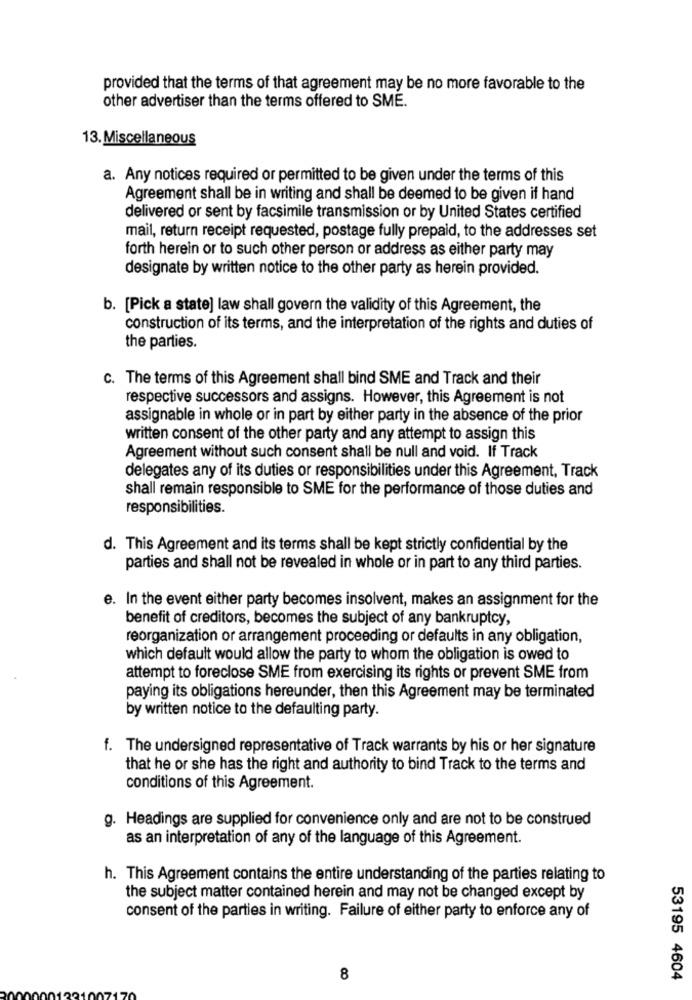
provided that the terms of that agreement may be no more favorable to the
other advertiser than the terms offered to SME.
13. Miscellaneous
a. Any notices required or permitted to be given under the terms of this
Agreement shall be in writing and shall be deemed to be given if hand
delivered or sent by facsimile transmission or by United States certified
mail, return receipt requested, postage fully prepaid, to the addresses set
forth herein or to such other person or address as either party may
designate by written notice to the other party as herein provided.
b. [Pick a state] law shall govern the validity of this Agreement, the
construction of its terms, and the interpretation of the rights and duties of
the parties.
c. The terms of this Agreement shall bind SME and Track and their
respective successors and assigns. However, this Agreement is not
assignable in whole or in part by either party in the absence of the prior
written consent of the other party and any attempt to assign this
Agreement without such consent shall be null and void. If Track
delegates any of its duties or responsibilities under this Agreement, Track
shall remain responsible to SME for the performance of those duties and
responsibilities.
d. This Agreement and its terms shall be kept strictly confidential by the
parties and shall not be revealed in whole or in part to any third parties.
e. In the event either party becomes insolvent, makes an assignment for the
benefit of creditors, becomes the subject of any bankruptcy,
reorganization or arrangement proceeding or defaults in any obligation,
which default would allow the party to whom the obligation is owed to
attempt to foreclose SME from exercising its rights or prevent SME from
paying its obligations hereunder, then this Agreement may be terminated
by written notice to the defaulting party.
f. The undersigned representative of Track warrants by his or her signature
that he or she has the right and authority to bind Track to the terms and
conditions of this Agreement.
g. Headings are supplied for convenience only and are not to be construed
as an interpretation of any of the language of this Agreement.
h. This Agreement contains the entire understanding of the parties relating to
the subject matter contained herein and may not be changed except by
consent of the parties in writing. Failure of either party to enforce any of
8
53195 4604